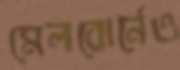
মেলবোর্নেও